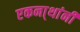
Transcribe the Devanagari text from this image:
एकना्थांनी